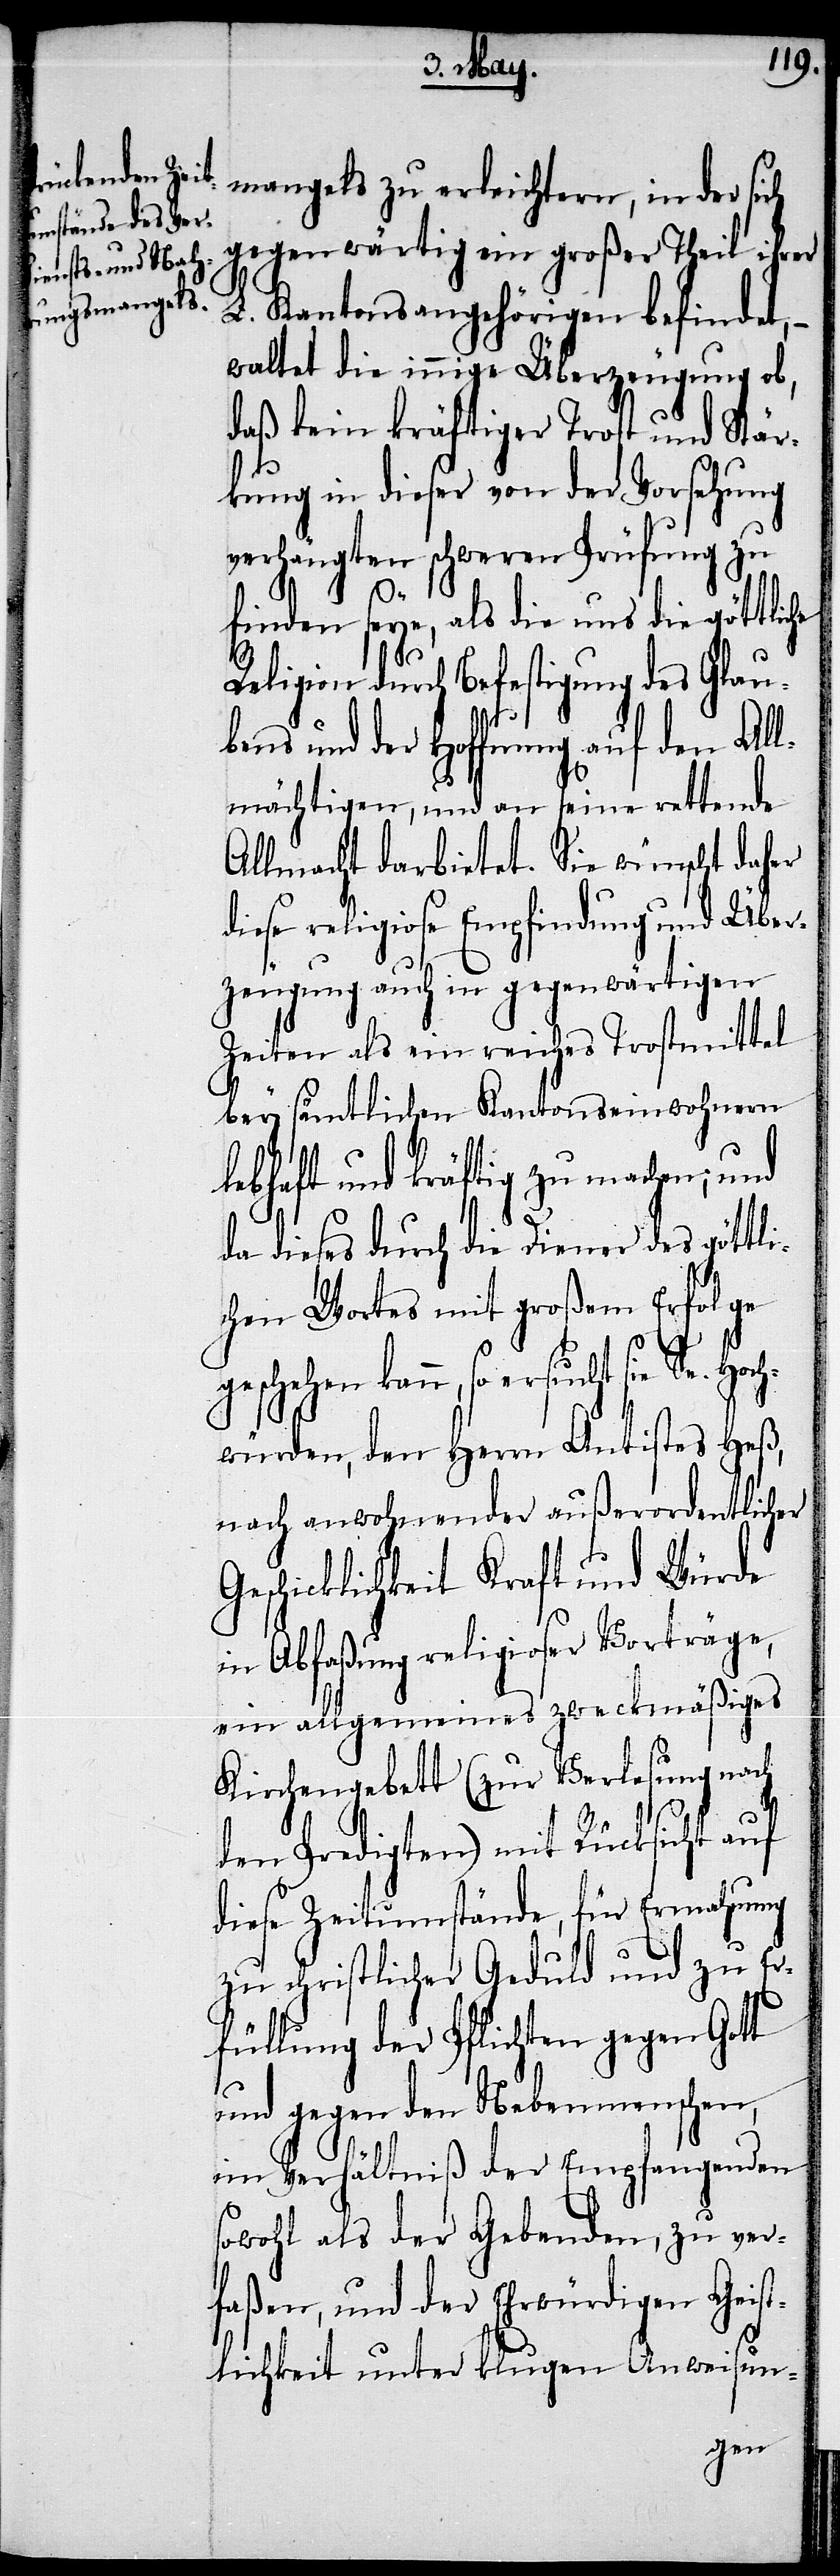
mangels zu erleichtern, in der sich
gegenwärtig ein großer Theil ihrer
L. Kantonsangehörigen befindet,
waltet die innige Überzeugung ob,
daß kein kräftiger Trost und Stär¬
kung in dieser von der Vorsehung
verhängten schweren Prüfung zu
finden seye, als die uns die göttliche
Religion durch Befestigung des Glau¬
bens und der Hoffnung auf den All¬
mächtigen, und an seine rettende
Allmacht darbietet. Sie wünscht daher
diese religiose Empfindung und Über¬
zeugung auch in gegenwärtigen
Zeiten als ein reiches Trostmittel
bei sämtlichen Kantonseinwohnern
lebhaft und kräftig zu machen;
da dieses durch die Diener des göttli¬
chen Wortes mit großem Erfolge
geschehen kann, so ersucht sie Se. Hoch¬
würden, den Herrn Antistes Heß,
nach anwohnender außerordentlicher
Geschicklichkeit Kraft und Würde
in Abfaßung religioser Vorträge,
ein allgemeines zweckmäßiges
Kirchengebett (zur Verlesung nach
den Predigten) und Rücksicht auf
diese Zeitumstände, für Ermahnung
zu christlicher Geduld und zu Er¬
füllung der Pflichten gegen Gott
und gegen den Nebenmenschen,
im Verhältniß der Empfangenden
sowohl als der Gebenden, zu ver¬
faßen, und der Ehrwürdigen Geist¬
lichkeit unter klugen Anweisun-